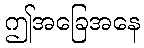
ဤအခြေအနေ